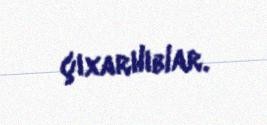
çıxarılıblar.